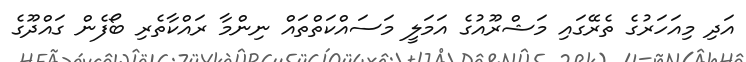
އަދި މިއަހަރުގެ ތެރޭގައި މަޝްރޫއުގެ އަމަލީ މަސައްކަތްތައް ނިންމާ ރައްކާތެރި ބޯފެން ގައްދޫގެ